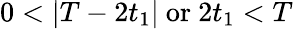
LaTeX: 0<|T-2t_{1}|\ \mathrm{or}\ 2t_{1}<T